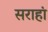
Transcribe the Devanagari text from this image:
सराहां